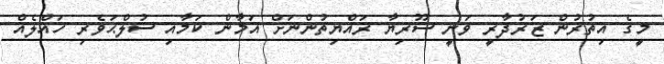
މީގެ އިތުރުން ޒަރުދާރީ ވަނީ ސޫރިޔާ ރައްޔިތުންނަށް އަމާން ކަމާއި ސުލްޙަވެރި ހައްލެއް